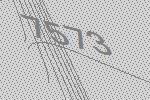
7573